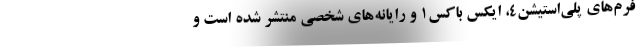
فرم‌های پلی‌استیشن۴، ایکس باکس1 و رایانه‌های شخصی منتشر شده است و